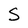
Character: S